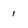
Character: 1